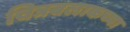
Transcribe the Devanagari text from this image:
चित्रबलाकच्या